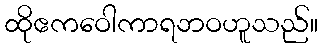
ထိုဧကဝေါကာရဘဝဟူသည်။